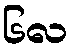
၆လ